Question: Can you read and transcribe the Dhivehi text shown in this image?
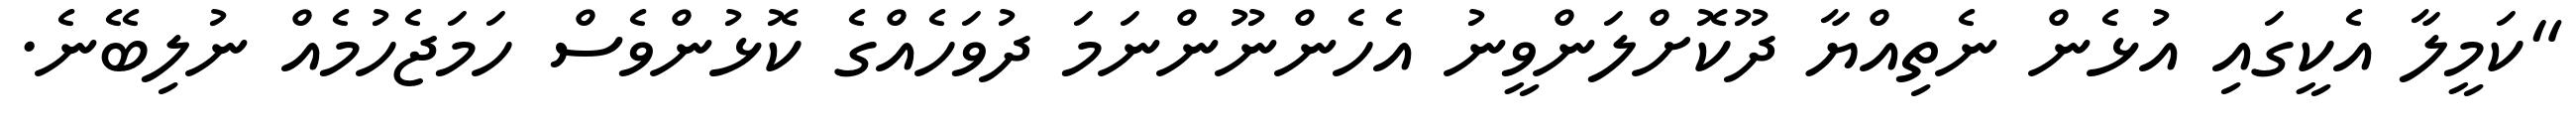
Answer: "ކަމީލާ އެކީގައި އުޅެން ނެތިއްޔާ ދޫކޮށްލަންވީނު އެހެންނޫންނަމަ ދުވަހެއްގެ ކޮޅުންވެސް ހަމަޖެހުމެއް ނުލިބޭނެ.